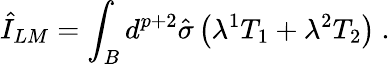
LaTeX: \hat{I}_{LM}=\int_{B}d^{p+2}\hat{\sigma}\left(\lambda^{1}T_{1}+\lambda^{2}T_{2}\right)\ .